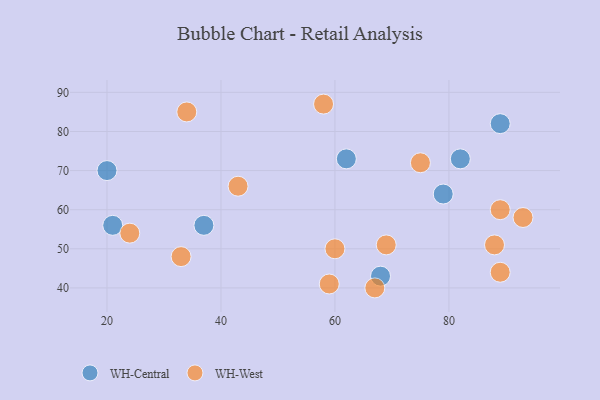
{"axis": {"x": "GDP", "y": "Life Expectancy"}, "legend": ["WH-Central", "WH-West"], "data": [{"x": "62", "y": 73, "type": "WH-Central"}, {"x": "79", "y": 64, "type": "WH-Central"}, {"x": "37", "y": 56, "type": "WH-Central"}, {"x": "21", "y": 56, "type": "WH-Central"}, {"x": "68", "y": 43, "type": "WH-Central"}, {"x": "82", "y": 73, "type": "WH-Central"}, {"x": "89", "y": 82, "type": "WH-Central"}, {"x": "20", "y": 70, "type": "WH-Central"}, {"x": "89", "y": 60, "type": "WH-West"}, {"x": "60", "y": 50, "type": "WH-West"}, {"x": "67", "y": 40, "type": "WH-West"}, {"x": "93", "y": 58, "type": "WH-West"}, {"x": "43", "y": 66, "type": "WH-West"}, {"x": "59", "y": 41, "type": "WH-West"}, {"x": "24", "y": 54, "type": "WH-West"}, {"x": "58", "y": 87, "type": "WH-West"}, {"x": "33", "y": 48, "type": "WH-West"}, {"x": "69", "y": 51, "type": "WH-West"}, {"x": "89", "y": 44, "type": "WH-West"}, {"x": "88", "y": 51, "type": "WH-West"}, {"x": "75", "y": 72, "type": "WH-West"}, {"x": "34", "y": 85, "type": "WH-West"}]}